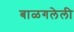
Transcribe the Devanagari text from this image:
बाळगलेली